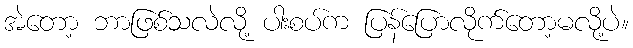
အဲတော့ ဘာဖြစ်သလဲလို့ ပါးစပ်က ပြန်ပြောလိုက်တော့မလို့ပဲ။